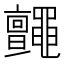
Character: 𪓼